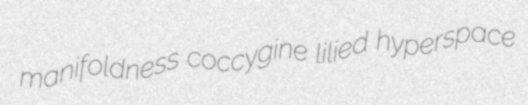
manifoldness coccygine lilied hyperspace